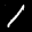
Label: 1